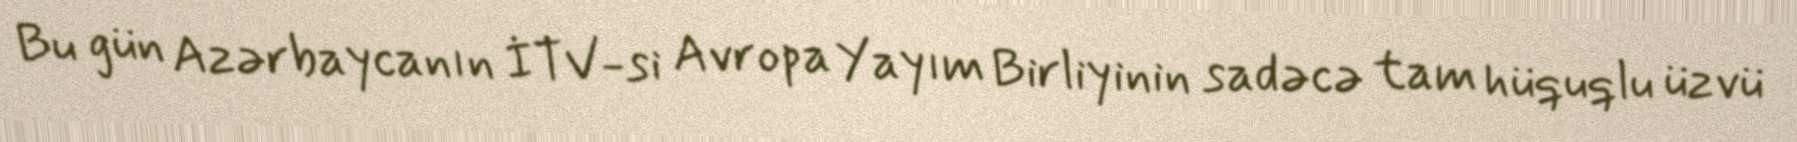
Bu gün Azərbaycanın İTV-si Avropa Yayım Birliyinin sadəcə tam hüquqlu üzvü